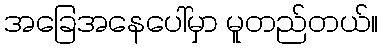
အခြေအနေပေါ်မှာ မူတည်တယ်။